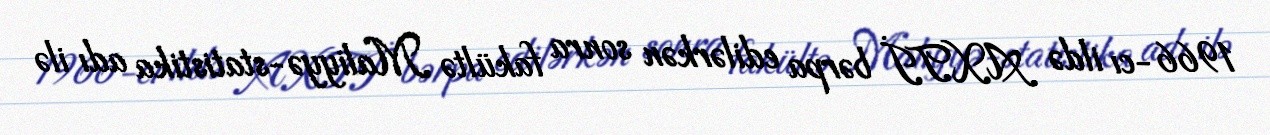
1966-cı ildə AXTİ bərpa edilərkən sonra fakültə Maliyyə-statistika adı ilə